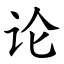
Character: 论